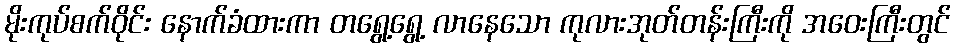
မိုးကုပ်စက်ဝိုင်း နောက်ခံထားကာ တရွေ့ရွေ့ လာနေသော ကုလားအုတ်တန်းကြီးကို အဝေးကြီးတွင်